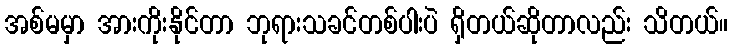
အစ်မမှာ အားကိုးနိုင်တာ ဘုရားသခင်တစ်ပါးပဲ ရှိတယ်ဆိုတာလည်း သိတယ်။